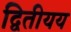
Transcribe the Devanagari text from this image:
द्वितीयय